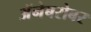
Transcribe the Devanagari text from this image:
अॅनेबरोबर